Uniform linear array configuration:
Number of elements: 12
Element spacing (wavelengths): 0.75
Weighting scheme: exponential
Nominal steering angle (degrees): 30
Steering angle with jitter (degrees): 31.32
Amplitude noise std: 0.05
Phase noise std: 0.05

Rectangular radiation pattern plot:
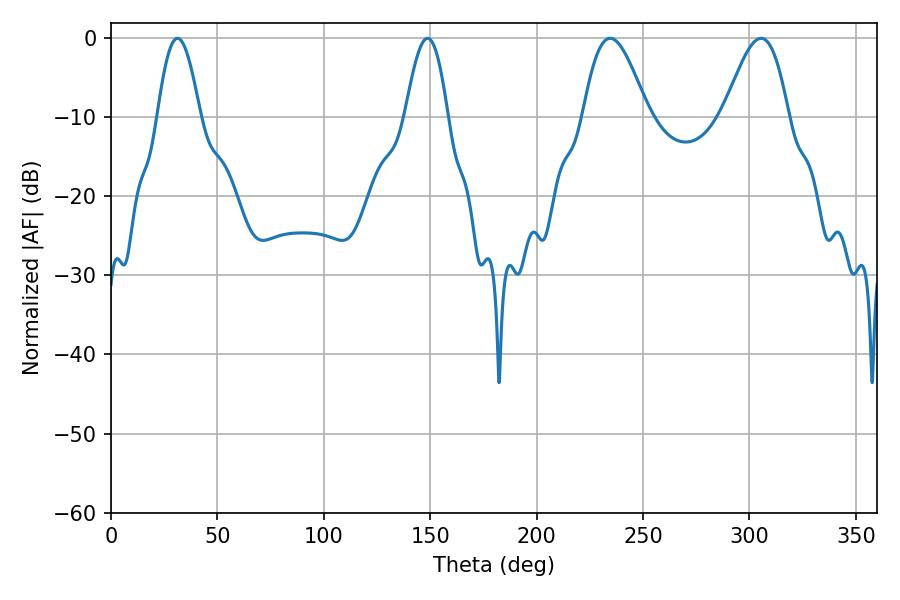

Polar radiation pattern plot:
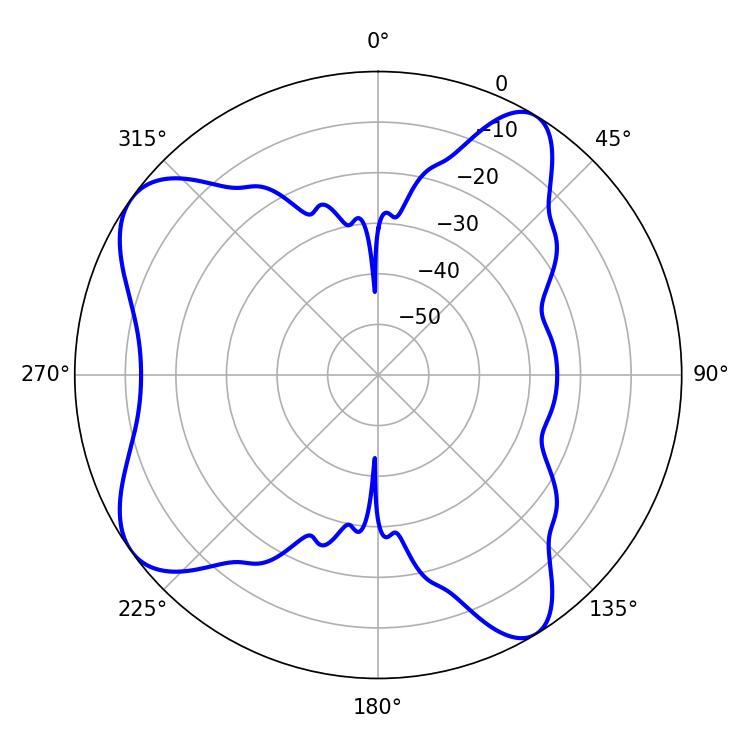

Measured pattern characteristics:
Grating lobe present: TRUE
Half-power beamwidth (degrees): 16.38
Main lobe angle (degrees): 234.54